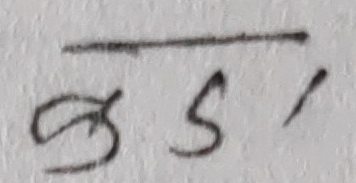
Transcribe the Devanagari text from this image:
कुड१